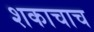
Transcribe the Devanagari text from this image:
शकाचाच